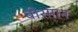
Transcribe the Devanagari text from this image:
वीस्मान